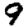
Digit: 9